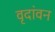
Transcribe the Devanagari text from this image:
वृदांवन